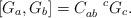
LaTeX: \begin{align*}\left[ G_a,G_b\right] =C_{ab}^{\quad c}G_c.\end{align*}